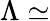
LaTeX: \Lambda\simeq